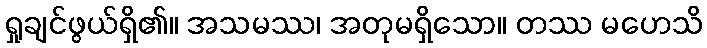
ရှုချင်ဖွယ်ရှိ၏။ အသမဿ၊ အတုမရှိသော။ တဿ မဟေသိ